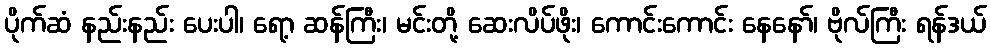
ပိုက်ဆံ နည်းနည်း ပေးပါ၊ ရော့ ဆန်ကြီး၊ မင်းတို့ ဆေးလိပ်ဖိုး၊ ကောင်းကောင်း နေနော်၊ ဗိုလ်ကြီး ရန်ဒယ်